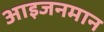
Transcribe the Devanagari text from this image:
आइजनमान